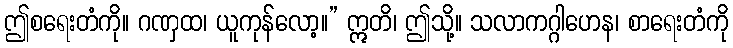
ဤစရေးတံကို။ ဂဏှထ၊ ယူကုန်လော့။” ဣတိ၊ ဤသို့။ သလာကဂ္ဂါဟေန၊ စာရေးတံကို